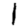
Digit: 1